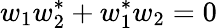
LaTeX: w_{1}w_{2}^{*}+w_{1}^{*}w_{2}=0